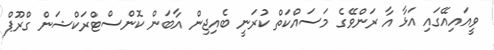
ވީއައިއޭގައި އަޅާ އާ ރަންވޭގެ މަސައްކަތް ކުރަނީ ބެއިޖިން އާބަން ކޮންސްޓްރަކްޝަން ގްރޫޕް